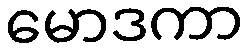
မောဒကာ